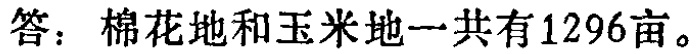
答：棉花地和玉米地一共有1296亩。